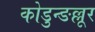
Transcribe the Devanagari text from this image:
कोडुन्ङल्लूर